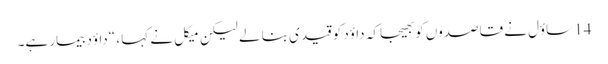
14 ساؤل نے قاصدوں کو بھیجا کہ داؤد کو قیدی بنا لے لیکن میکل نے کہا ، “داؤد بیمار ہے۔